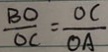
\frac { B O } { O C } = \frac { O C } { O A }